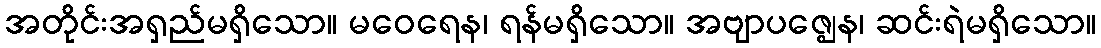
အတိုင်းအရှည်မရှိသော။ မဝေရေန၊ ရန်မရှိသော။ အဗျာပဇ္ဈေန၊ ဆင်းရဲမရှိသော။